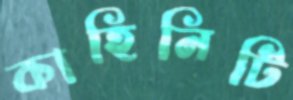
কাহিনিটি